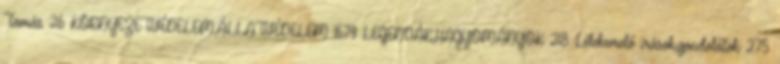
Tamás 26 KÖRNYEZETVÉDELEM,ÁLLATVÉDELEM 1679 LEGENDÁK,HAGYOMÁNYOK 218 Lélekemelő írások,gondolatok 275